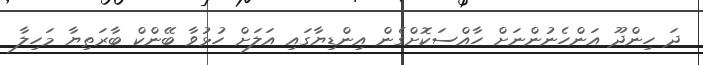
ދަ ހިންދޫ އަންހެނުންނަށް ހާއްސަކޮށްގެން އިންޑިޔާގައި އަލަށް ހުޅުވާ ބޭންކް ބާރަތިޔާ މަހިލާ